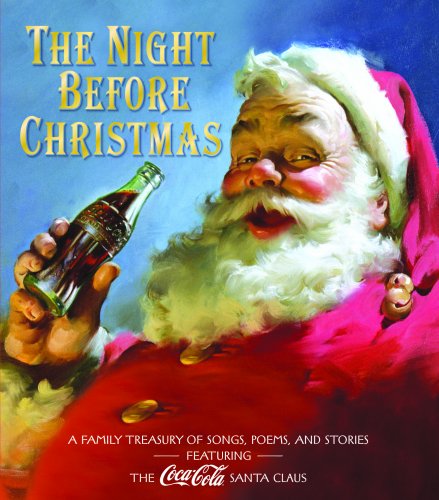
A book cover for Coca Cola Night Before Christmas Read Together Picture (Picture Book); Crafts, Hobbies & Home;